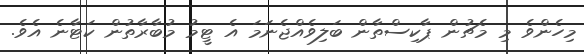
މިހެންވެ މި މެޗުން ޕާކިސްތާން ބަލިވެއްޖެނަމަ އެ ޓީމު މުބާރާތުން ކަޓާނެ އެވެ.